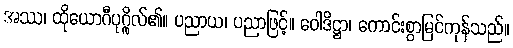
အဿ၊ ထိုယောဂီပုဂ္ဂိုလ်၏။ ပညာယ၊ ပညာဖြင့်။ ဝေါဒိဋ္ဌာ၊ ကောင်းစွာမြင်ကုန်သည်။